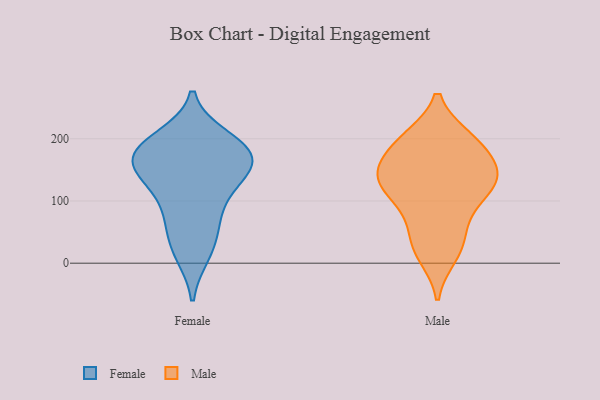
{"axis": {"x": "Operating Costs (USD K)", "y": "Value"}, "legend": ["Female", "Male"], "data": [{"x": "", "y": 160, "type": "Female"}, {"x": "", "y": 135, "type": "Female"}, {"x": "", "y": 116, "type": "Female"}, {"x": "", "y": 72, "type": "Female"}, {"x": "", "y": 186, "type": "Female"}, {"x": "", "y": 27, "type": "Female"}, {"x": "", "y": 163, "type": "Female"}, {"x": "", "y": 141, "type": "Female"}, {"x": "", "y": 16, "type": "Female"}, {"x": "", "y": 73, "type": "Female"}, {"x": "", "y": 182, "type": "Female"}, {"x": "", "y": 200, "type": "Female"}, {"x": "", "y": 185, "type": "Female"}, {"x": "", "y": 169, "type": "Female"}, {"x": "", "y": 141, "type": "Male"}, {"x": "", "y": 111, "type": "Male"}, {"x": "", "y": 148, "type": "Male"}, {"x": "", "y": 25, "type": "Male"}, {"x": "", "y": 30, "type": "Male"}, {"x": "", "y": 149, "type": "Male"}, {"x": "", "y": 136, "type": "Male"}, {"x": "", "y": 127, "type": "Male"}, {"x": "", "y": 200, "type": "Male"}, {"x": "", "y": 198, "type": "Male"}, {"x": "", "y": 114, "type": "Male"}, {"x": "", "y": 133, "type": "Male"}, {"x": "", "y": 65, "type": "Male"}, {"x": "", "y": 13, "type": "Male"}, {"x": "", "y": 79, "type": "Male"}, {"x": "", "y": 169, "type": "Male"}, {"x": "", "y": 200, "type": "Male"}, {"x": "", "y": 191, "type": "Male"}]}